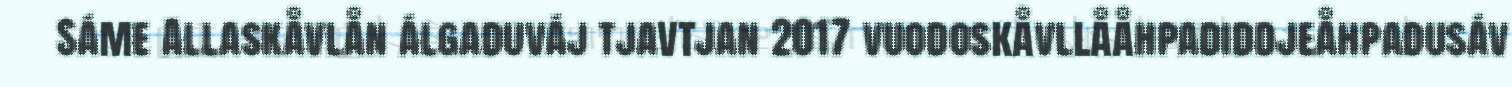
Sáme Allaskåvlån álgaduváj tjavtjan 2017 vuodoskåvllååhpadiddjeåhpadusáv